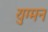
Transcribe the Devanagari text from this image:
युग्‍मन